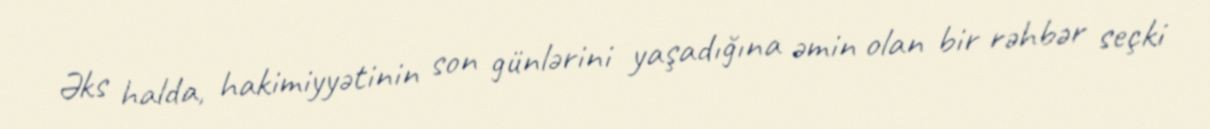
Əks halda, hakimiyyətinin son günlərini yaşadığına əmin olan bir rəhbər seçki